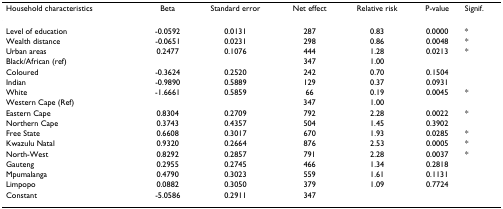
| Household characteristics | Beta | Standard error | Net effect | Relative risk | P-value | Signif. |
 | --- | --- | --- | --- | --- | --- | --- |
 | Level of education | -0.0592 | 0.0131 | 287 | 0.83 | 0.0000 | * |
 | Wealth distance | -0.0651 | 0.0231 | 298 | 0.86 | 0.0048 | * |
 | Urban areas | 0.2477 | 0.1076 | 444 | 1.28 | 0.0213 | * |
 | Black/African (ref) |  |  | 347 | 1.00 |  |  |
 | Coloured | -0.3624 | 0.2520 | 242 | 0.70 | 0.1504 |  |
 | Indian | -0.9890 | 0.5889 | 129 | 0.37 | 0.0931 |  |
 | White | -1.6661 | 0.5859 | 66 | 0.19 | 0.0045 | * |
 | Western Cape (Ref) |  |  | 347 | 1.00 |  |  |
 | Eastern Cape | 0.8304 | 0.2709 | 792 | 2.28 | 0.0022 | * |
 | Northern Cape | 0.3743 | 0.4357 | 504 | 1.45 | 0.3902 |  |
 | Free State | 0.6608 | 0.3017 | 670 | 1.93 | 0.0285 | * |
 | Kwazulu Natal | 0.9320 | 0.2664 | 876 | 2.53 | 0.0005 | * |
 | North-West | 0.8292 | 0.2857 | 791 | 2.28 | 0.0037 | * |
 | Gauteng | 0.2955 | 0.2745 | 466 | 1.34 | 0.2818 |  |
 | Mpumalanga | 0.4790 | 0.3023 | 559 | 1.61 | 0.1131 |  |
 | Limpopo | 0.0882 | 0.3050 | 379 | 1.09 | 0.7724 |  |
 | Constant | -5.0586 | 0.2911 | 347 |  |  |  |